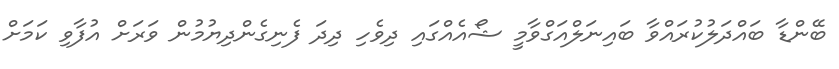
ބޭންޑާ ބައްދަލުކުރައްވާ ބައިނަލްއަގްވާމީ ޝޯއެއްގައި ދިވެހި ދިދަ ފެނިގެންދިޔުމުން ވަރަށް އުފާވި ކަމަށް